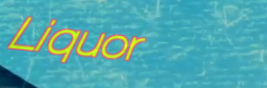
Liquor